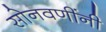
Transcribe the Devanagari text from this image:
सोनवणींनी